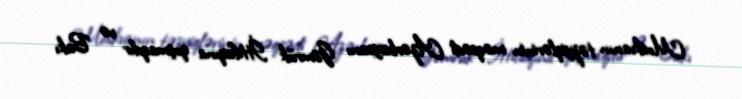
Moskvanın təzyiqlərinin məqsədi Azərbaycanı Gömrük İttifaqına qoşmaqdır və Bakı